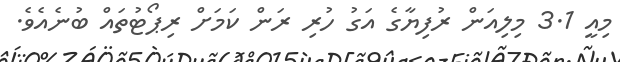
މިއީ 3.1 މިލިއަން ރުފިޔާގެ އަގު ހުރި ރަން ކަމަށް ރިޕޯޓުތައް ބުނެއެވެ.